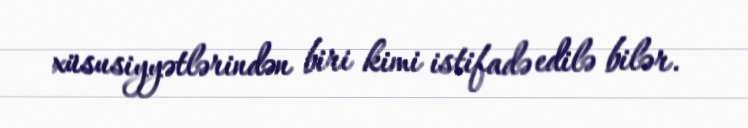
xüsusiyyətlərindən biri kimi istifadə edilə bilər.